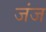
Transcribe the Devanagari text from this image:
जंज